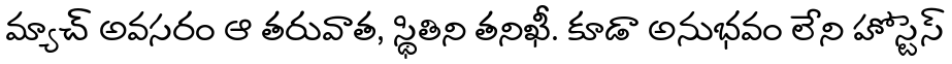
మ్యాచ్ అవసరం ఆ తరువాత, స్థితిని తనిఖీ. కూడా అనుభవం లేని హోస్టెస్